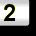
Digit: 2